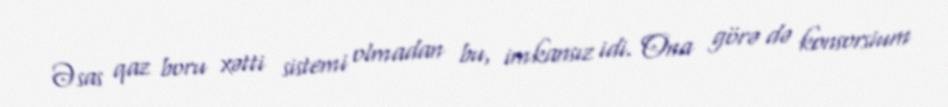
Əsas qaz boru xətti sistemi olmadan bu, imkansız idi. Ona görə də konsorsium